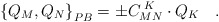
\begin{align*}\left\{ Q_M,Q_N\right\} _{PB}=\pm C_{MN}^{\;K}\cdot Q_K\quad .\end{align*}